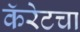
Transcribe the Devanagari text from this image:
कॅरेटचा